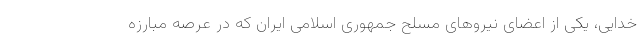
خدایی، یکی از اعضای نیروهای مسلح جمهوری اسلامی ایران که در عرصه مبارزه